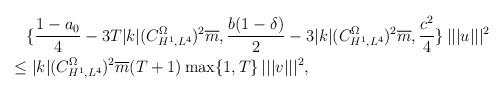
LaTeX: \begin{align*} & \{\frac{1-a_0}{4}-3T|k|(C^{\Omega}_{H^1,L^4})^2 \overline{m},\frac{b(1-\delta)}{2}-3|k|(C^{\Omega}_{H^1,L^4})^2 \overline{m}, \frac{c^2}{4}\} \,|||u|||^2 \\\leq& \ |k|(C^{\Omega}_{H^1,L^4})^2 \overline{m}(T+1)\max\{1,T\} \,|||v|||^2, \end{align*}